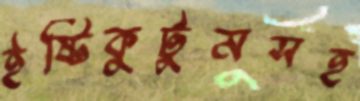
ইষ্টিকুটুমসহ